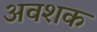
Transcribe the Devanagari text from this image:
अवशक